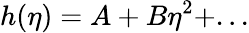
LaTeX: h(\eta)=A+B\eta^{2}+...